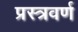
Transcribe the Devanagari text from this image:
प्रस्त्रवर्ण